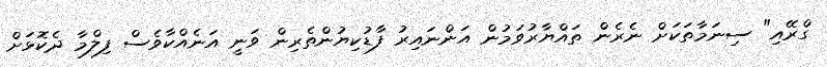
ގްރޭއި" ސިނަމާތަކަށް ނެރެން ތައްޔާރުވަމުން އަންނައިރު ފާޑުކިޔުންތެރިން ވަނީ އަނެއްކާވެސް ފިލްމާ ދެކޮޅަށް